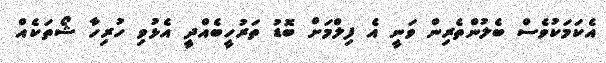
އެކަމަކުވެސް ބެލުންތެރިން ވަނީ އެ ފިލްމަށް ބޮޑު ތަރުހީބެއްދީ އެޅުވި ހުރިހާ ޝޯތަކެއް